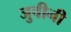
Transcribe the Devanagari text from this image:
जुवीनी